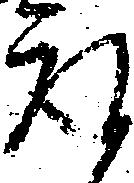
取